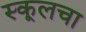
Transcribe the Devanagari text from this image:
स्कूलचा